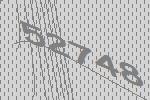
52748